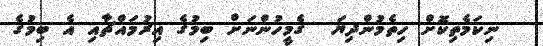
ނިކަމެތިކޮށް ހިތެމުންދިޔަ  ގެމީހުންނަށް ބިމުގެ އިރުމައްޗާއި އެ ބިމުގެ